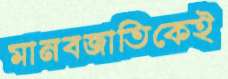
মানবজাতিকেই